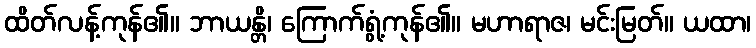
ထိတ်လန့်ကုန်၏။ ဘာယန္တိ၊ ကြောက်ရွံ့ကုန်၏။ မဟာရာဇ၊ မင်းမြတ်။ ယထာ၊